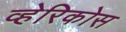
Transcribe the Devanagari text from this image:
व्हेरिकोस